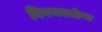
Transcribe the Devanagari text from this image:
विपणनयोग्य